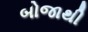
બોજાથી